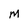
Character: m